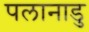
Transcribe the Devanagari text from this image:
पलानाडु